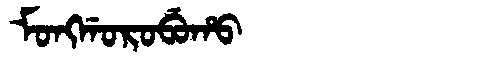
Manchu: ᠮᠣᠩᡤᠣᡵᠣᠪᡠᡥᠣ
Romanization: MONGGOROBUHO